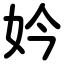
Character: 妗